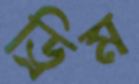
ড্রিম